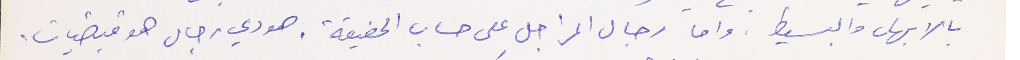
بالابهل والبسيط. واما رجال المراجل على حساب الحقيقة، هودي رجال هودي قبضيات.